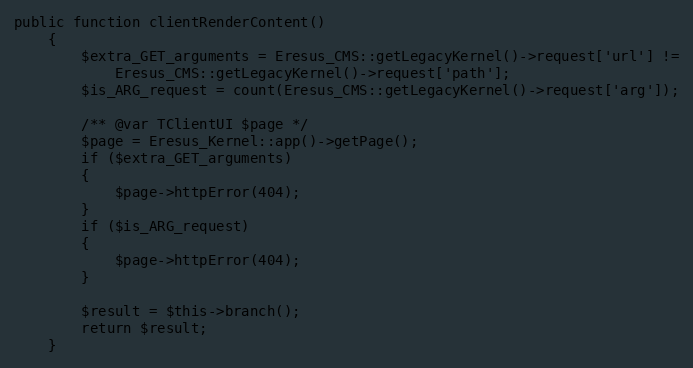
Language: PHP
public function clientRenderContent()
    {
        $extra_GET_arguments = Eresus_CMS::getLegacyKernel()->request['url'] !=
            Eresus_CMS::getLegacyKernel()->request['path'];
        $is_ARG_request = count(Eresus_CMS::getLegacyKernel()->request['arg']);

        /** @var TClientUI $page */
        $page = Eresus_Kernel::app()->getPage();
        if ($extra_GET_arguments)
        {
            $page->httpError(404);
        }
        if ($is_ARG_request)
        {
            $page->httpError(404);
        }

        $result = $this->branch();
        return $result;
    }